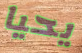
يحيا